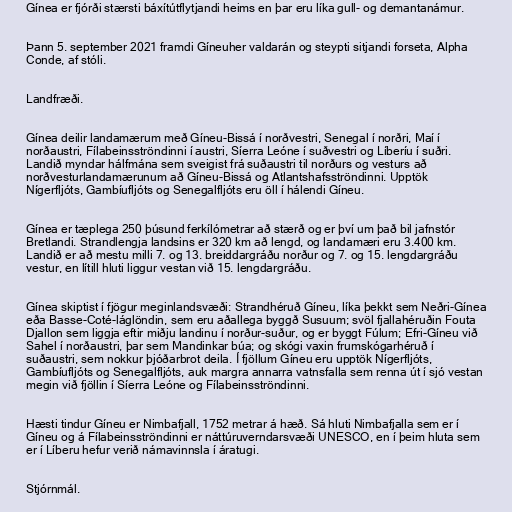
Gínea er fjórði stærsti báxítútflytjandi heims en þar eru líka gull- og demantanámur.

Þann 5. september 2021 framdi Gíneuher valdarán og steypti sitjandi forseta, Alpha
Conde, af stóli.

Landfræði.

Gínea deilir landamærum með Gíneu-Bissá í norðvestri, Senegal í norðri, Maí í
norðaustri, Fílabeinsströndinni í austri, Síerra Leóne í suðvestri og Líberíu í suðri.
Landið myndar hálfmána sem sveigist frá suðaustri til norðurs og vesturs að
norðvesturlandamærunum að Gíneu-Bissá og Atlantshafsströndinni. Upptök
Nígerfljóts, Gambíufljóts og Senegalfljóts eru öll í hálendi Gíneu.

Gínea er tæplega 250 þúsund ferkílómetrar að stærð og er því um það bil jafnstór
Bretlandi. Strandlengja landsins er 320 km að lengd, og landamæri eru 3.400 km.
Landið er að mestu milli 7. og 13. breiddargráðu norður og 7. og 15. lengdargráðu
vestur, en lítill hluti liggur vestan við 15. lengdargráðu.

Gínea skiptist í fjögur meginlandsvæði: Strandhéruð Gíneu, líka þekkt sem Neðri-Gínea
eða Basse-Coté-láglöndin, sem eru aðallega byggð Susuum; svöl fjallahéruðin Fouta
Djallon sem liggja eftir miðju landinu í norður-suður, og er byggt Fúlum; Efri-Gíneu við
Sahel í norðaustri, þar sem Mandinkar búa; og skógi vaxin frumskógarhéruð í
suðaustri, sem nokkur þjóðarbrot deila. Í fjöllum Gíneu eru upptök Nígerfljóts,
Gambíufljóts og Senegalfljóts, auk margra annarra vatnsfalla sem renna út í sjó vestan
megin við fjöllin í Síerra Leóne og Fílabeinsströndinni.

Hæsti tindur Gíneu er Nimbafjall, 1752 metrar á hæð. Sá hluti Nimbafjalla sem er í
Gíneu og á Fílabeinsströndinni er náttúruverndarsvæði UNESCO, en í þeim hluta sem
er í Líberu hefur verið námavinnsla í áratugi.

Stjórnmál.